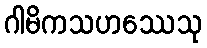
ဂါမိကသဟဿေသု